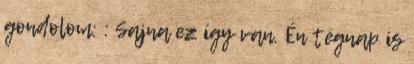
gondolom: : Sajna ez így van. Én tegnap is